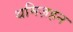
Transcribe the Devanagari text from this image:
थमिज़हन